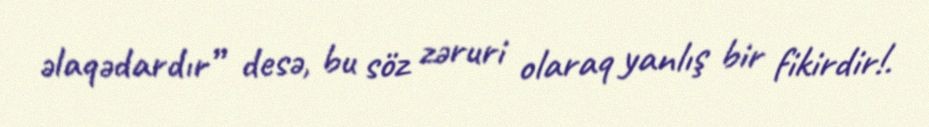
əlaqədardır” desə, bu söz zəruri olaraq yanlış bir fikirdir!.